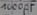
Text: 1000µF